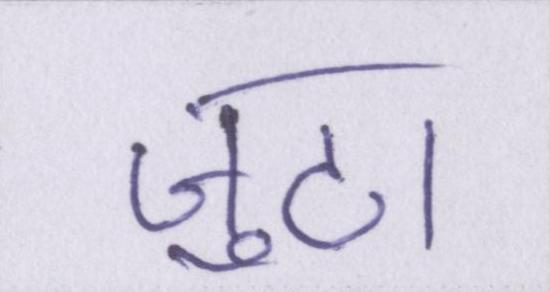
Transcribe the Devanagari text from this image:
जुटा